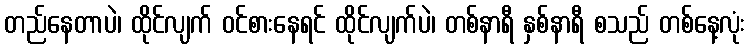
တည်နေတာပဲ၊ ထိုင်လျက် ဝင်စားနေရင် ထိုင်လျက်ပဲ၊ တစ်နာရီ နှစ်နာရီ စသည် တစ်နေ့လုံး